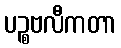
ပဉ္စဗလီကတာ